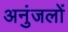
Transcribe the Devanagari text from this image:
अनुंजलों